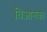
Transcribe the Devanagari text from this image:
बिआनका